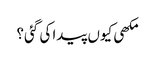
مکھی کیوں پیدا کی گئی؟